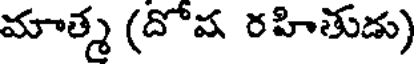
మాత్మ (దోష రహితుడు)